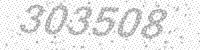
Solution: 303508